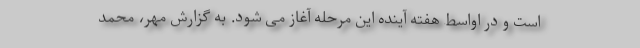
است و در اواسط هفته آینده این مرحله آغاز می شود. به گزارش مهر، محمد